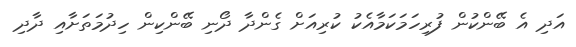
އަދި އެ ބޭންކުން ފުރިހަމަކަމާއެކު ކުރިއަށް ގެންދާ ދޯނި ބޭންކިން ހިދުމަތަށާއި ދާދި